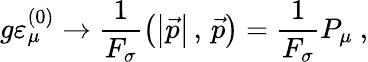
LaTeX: g\varepsilon_{\mu}^{(0)}\rightarrow\frac{1}{F_{\sigma}}\left(\left\vert\vec{p}\right\vert\, ,\, \vec{p}\right)=\frac{1}{F_{\sigma}}P_{\mu}\ ,